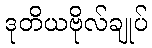
ဒုတိယဗိုလ်ချုပ်